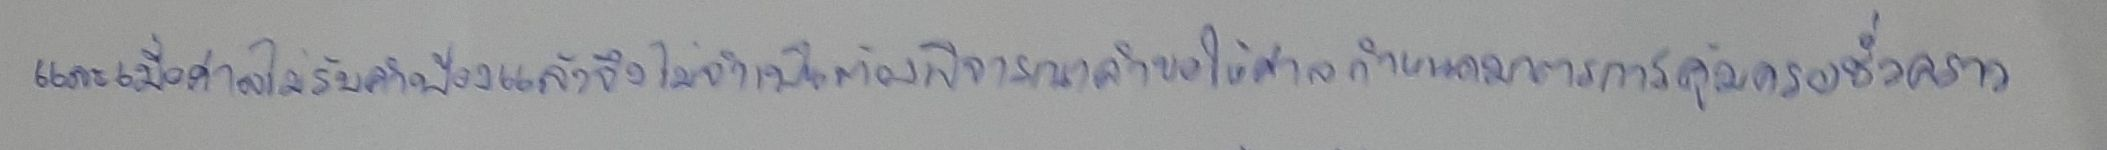
และเมื่อศาลไม่รับคำฟ้องแล้วจึงไม่จำเป็นต้องพิจารณาคำขอให้ศาลกำหนดมาตรการคุ้มครองชั่วคราว